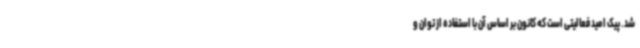
شد. پیک امید فعالیتی است که کانون بر اساس آن با استفاده از توان و